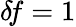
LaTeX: \delta\! f=1